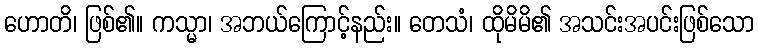
ဟောတိ၊ ဖြစ်၏။ ကသ္မာ၊ အဘယ်ကြောင့်နည်း။ တေသံ၊ ထိုမိမိ၏ အသင်းအပင်းဖြစ်သော